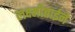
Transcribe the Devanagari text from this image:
लक्ष्मीबाईने